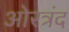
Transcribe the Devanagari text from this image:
ओरत्रंद